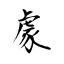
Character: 豦